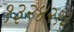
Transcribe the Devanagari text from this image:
१३२४२१३